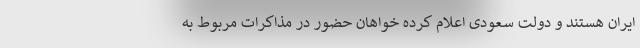
ایران هستند و دولت سعودی اعلام کرده خواهان حضور در مذاکرات مربوط به